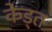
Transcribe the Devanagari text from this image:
केड्त